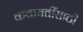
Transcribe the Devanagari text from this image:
कवायतींसाठी